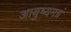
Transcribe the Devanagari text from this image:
आयुष्यमग्रं